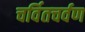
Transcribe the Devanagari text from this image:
चर्वितचर्वण